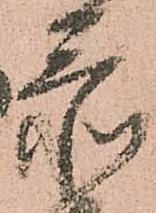
忝